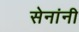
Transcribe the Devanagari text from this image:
सेनांनी